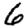
Digit: 6